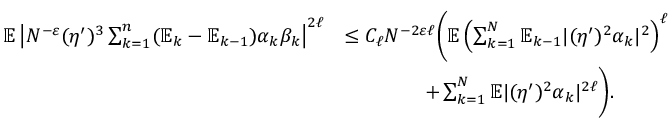
\begin{array} { r l } { \mathbb { E } \left| N ^ { - \varepsilon } ( \eta ^ { \prime } ) ^ { 3 } \sum _ { k = 1 } ^ { n } ( \mathbb { E } _ { k } - \mathbb { E } _ { k - 1 } ) \alpha _ { k } \beta _ { k } \right| ^ { 2 \ell } } & { \leq C _ { \ell } N ^ { - 2 \varepsilon \ell } \Bigg ( \mathbb { E } \left( \sum _ { k = 1 } ^ { N } \mathbb { E } _ { k - 1 } | ( \eta ^ { \prime } ) ^ { 2 } \alpha _ { k } | ^ { 2 } \right) ^ { \ell } } \\ & { \qquad \qquad + \sum _ { k = 1 } ^ { N } \mathbb { E } | ( \eta ^ { \prime } ) ^ { 2 } \alpha _ { k } | ^ { 2 \ell } \Bigg ) . } \end{array}